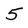
Character: 5